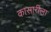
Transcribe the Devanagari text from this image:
कासारीला